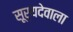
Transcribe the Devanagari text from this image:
सूर्यदेवाला